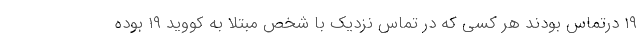
۱۹ درتماس بودند هر کسی که در تماس نزدیک با شخص مبتلا به کووید ۱۹ بوده